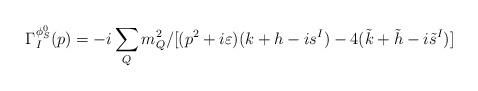
LaTeX: \begin{align*}\Gamma_I^{\phi_S^0}(p)=-i\sum_{Q}m_Q^2/[(p^2+i\varepsilon)(k+h-is^I)-4(\tilde{k}+\tilde{h}-i\tilde{s}^I)]\end{align*}